Report on lock hospitals in British Burma
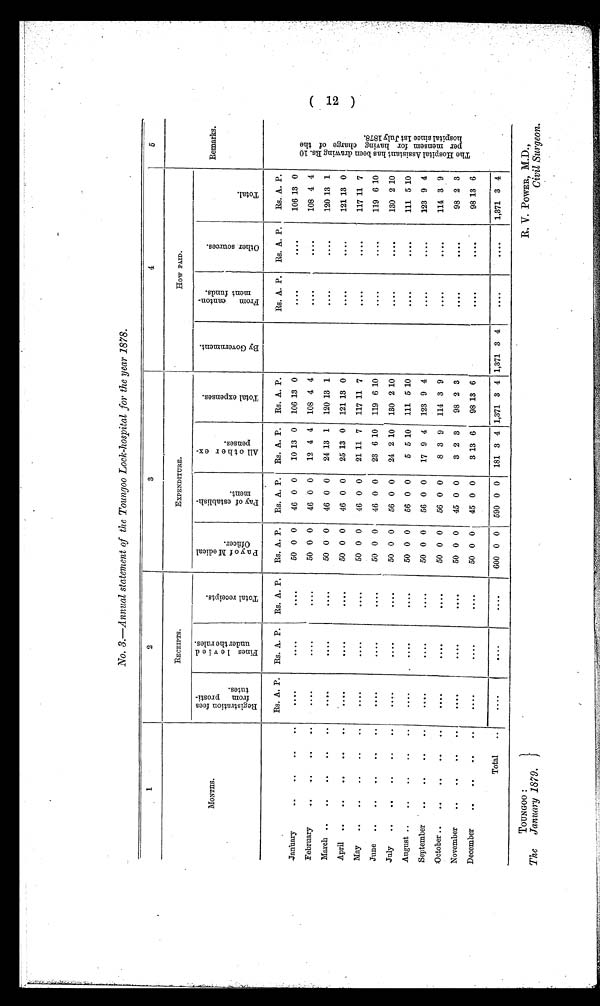
TOUNGOO :
The January 1879.
R. V.POWER,M.D.,
Civil Surgeon .
No. 3.—Annual statement of the Toungoo Lock-hospital for the year 1878.
1
2
3
4
5
MONTHS.
RECEIPTS.
EXPENDITURE.
How PAID.
Remarks.
R e g i s t r a t i o n f e e s
f r o m p r o s t i -
t ut es .
F i n e s l e v i e d
u n d e r t h e r u l e s .
T o t a l r e c e i p t s .
P a y o f M e d i c a l
O f f i c e r .
P a y o f e s t a b l i s h -
m e n t .
A l l o t h e r e x -
p e n s e s .
T o t a l e x p e n s e s .
B y G o v e r n m e n t .
F r o m c a n t o n -
m e n t f u n d s .
O t h e r s o u r c e s .
T o t a l .
Rs. A. P. Rs. A. P. Rs. A. P.
Rs. A. P. Rs. A. P. Rs. A. P. Rs. A. P.
Rs. A. P. Rs. A. P.
Rs. A. P.
T h e H o s p i t a l A s s i s t a n t h a s b e e n d r a w i n g R s . 1 0
p e r m e n s e m f o r h a v i n g c h a n g e o f t h e
h o s p i t a l s i n c e 1 s t J u l y 1 8 7 8 .
January
. . . .
. . . .
....
50 0 0
46 0 0
10 13 0 106 13 0
....
....
106 13 0
February
. . . .
. . . .
. . . .
50 0 0
46 0 0
12 4 4 108 4 4
. . . .
....
108 4 4
March
....
....
....
50 0 0
46 0 0
24 13 1 120 13 1
. . . .
....
120 13 1
April
....
....
. . . .
50 0 0
46 0 0
25 13 0 121 13 0
....
. . . .
121 13 0
May
....
. . . .
. . . .
50 0 0
46 0 0
21 11 7 117 11 7
. . . .
. . . .
117 11 7
June
. . . .
. . . .
. . . .
50 0 0
46 0 0
23 6 10 119 6 10
. . . .
....
119 6 10
July
....
. . . .
....
50 0 0
56 0 0
24 2 10 130 2 10
. . . .
....
130 2 10
August
. . . .
....
....
50 0 0
56 0 0
5 5 10 111 5 10
....
....
111 5 10
September
. . . .
. . . .
. . . .
50 0 0
56 0 0
17 9 4 123 9 4
....
. . . .
123 9 4
October
....
....
. . . .
50 0 0
56 0 0
8 3 9 114 3 9
....
....
114 3 9
November
...
. . . .
. . . .
50 0 0
45 0 0
3 2 3
98 2 3
....
. . . .
98 2 3
December
. . . .
....
50 0 0
45 0 0
3 13 6
98 13 6
....
....
98 13 6
Total
..
....
....
. . . .
600 0 0 590 0 0 181 3 4 1,371 3 4 1,371 3 4
....
. . . .
1,371 3 4
( 12 )